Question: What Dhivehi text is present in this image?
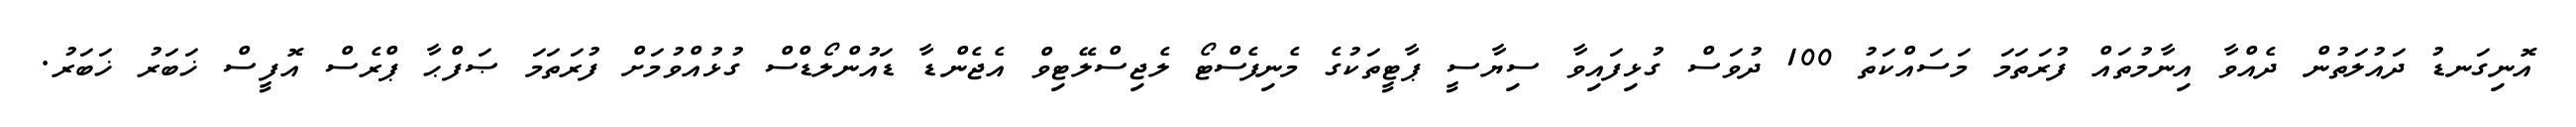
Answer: އޮނިގަނޑު ދައުލަތުން ދެއްވާ އިނާމުތައް ފުރަތަމަ މަސައްކަތު 100 ދުވަސް ގުޅިފައިވާ ސިޔާސީ ޕާޓީތަކުގެ މެނިފެސްޓޯ ލެޖިސްލޭޓިވް އެޖެންޑާ ޑައުންލޯޑްސް ގުޅުއްވުމަށް ފުރަތަމަ ޞަފްޙާ ޕްރެސް އޮފީސް ޚަބަރު ޚަބަރު.